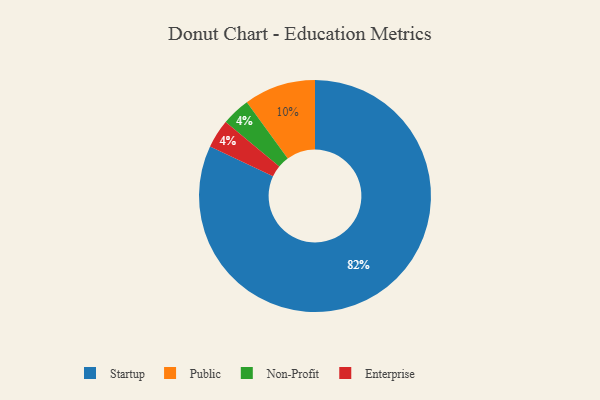
{"axis": {"x": "Category", "y": "Percentage"}, "legend": ["Enterprise", "Non-Profit", "Public", "Startup"], "data": [{"x": "Non-Profit", "y": 4, "type": "Non-Profit"}, {"x": "Public", "y": 10, "type": "Public"}, {"x": "Startup", "y": 82, "type": "Startup"}, {"x": "Enterprise", "y": 4, "type": "Enterprise"}]}